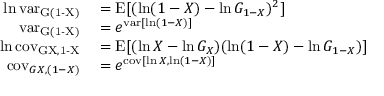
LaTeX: \begin{array} { r l } { \ln \operatorname { v a r _ { G ( 1 - X ) } } } & { { } = \operatorname { E } [ ( \ln ( 1 - X ) - \ln G _ { 1 - X } ) ^ { 2 } ] } \\ { \operatorname { v a r _ { G ( 1 - X ) } } } & { { } = e ^ { \operatorname { v a r } [ \ln ( 1 - X ) ] } } \\ { \ln \operatorname { c o v _ { G { X , 1 - X } } } } & { { } = \operatorname { E } [ ( \ln X - \ln G _ { X } ) ( \ln ( 1 - X ) - \ln G _ { 1 - X } ) ] } \\ { \operatorname { c o v } _ { G { X , ( 1 - X ) } } } & { { } = e ^ { \operatorname { c o v } [ \ln X , \ln ( 1 - X ) ] } } \end{array}